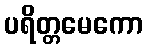
ပရိတ္တမေကော